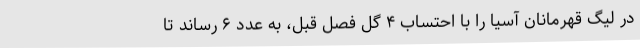
در لیگ قهرمانان آسیا را با احتساب ۴ گل فصل قبل، به عدد ۶ رساند تا